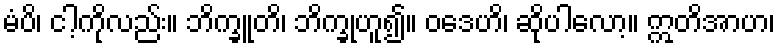
မံပိ၊ ငါ့ကိုလည်း။ ဘိက္ခူတိ၊ ဘိက္ခုဟူ၍။ ဝဒေဟိ၊ ဆိုပါလော့။ ဣတိအာဟ၊